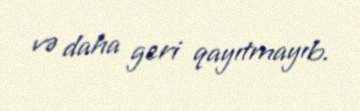
və daha geri qayıtmayıb.